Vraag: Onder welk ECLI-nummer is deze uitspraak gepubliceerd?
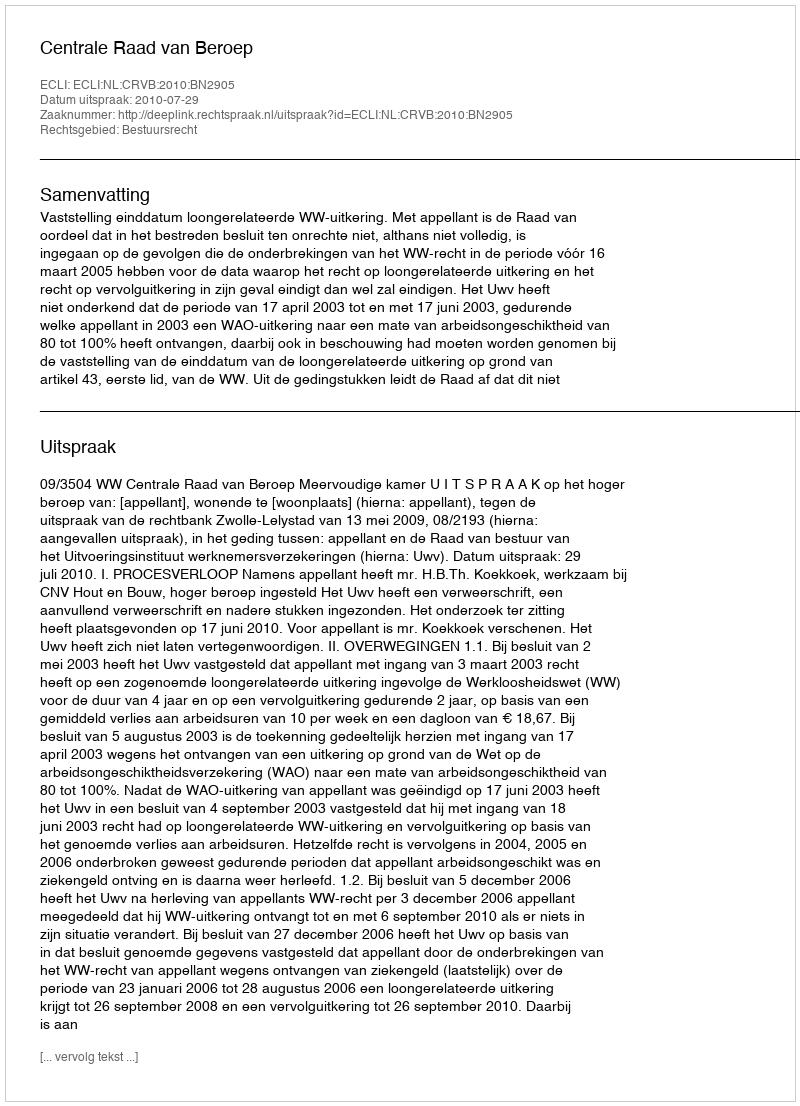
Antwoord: ECLI:NL:CRVB:2010:BN2905